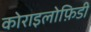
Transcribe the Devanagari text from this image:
कोराइलोफ़िडी